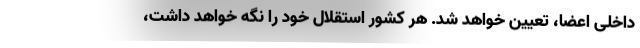
داخلی اعضا، تعیین خواهد شد. هر کشور استقلال خود را نگه خواهد داشت،